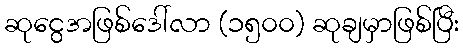
ဆုငွေအဖြစ်ဒေါ်လာ (၁၅၀၀) ဆုချမှာဖြစ်ပြီး